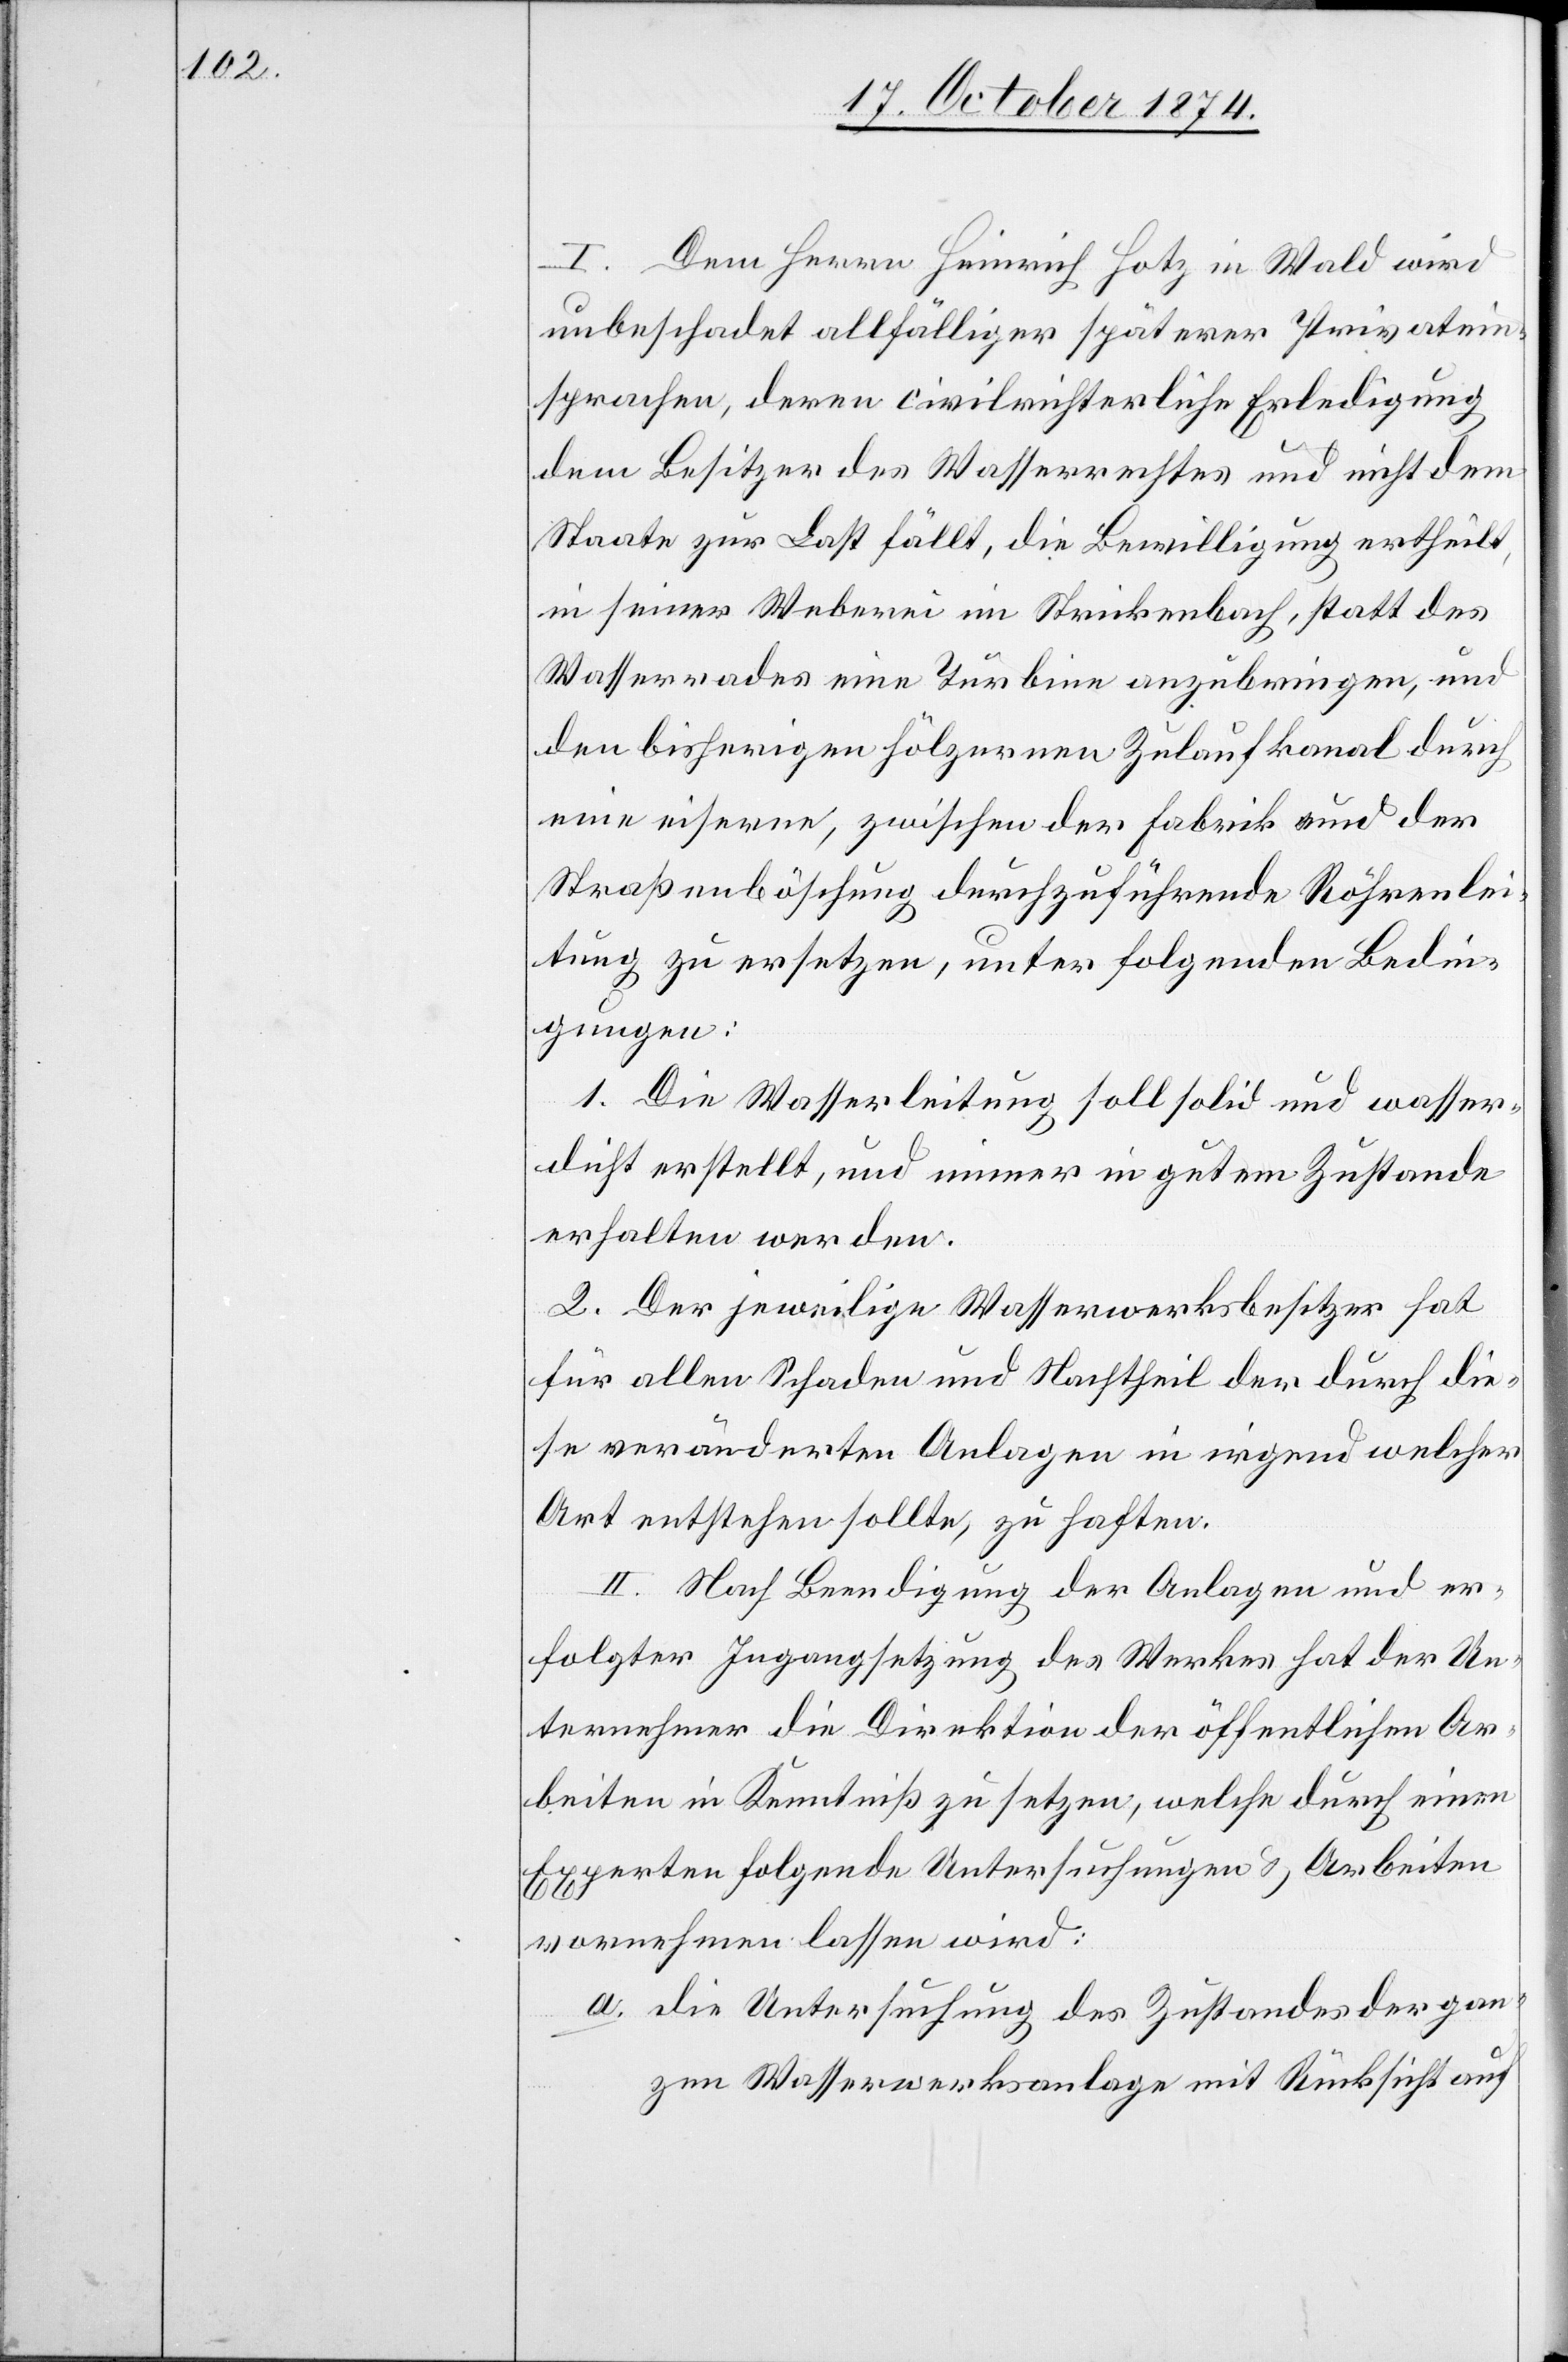
I. Dem Herrn Heinrich Hotz in Wald wird
unbeschadet allfälliger späterer Privatein¬
sprachen, deren civilrichterliche Erledigung
dem Besitzer des Wasserrechtes und nicht dem
Staate zur Last fällt, die Bewilligung ertheilt,
in seiner Weberei im Strickenbach, statt des
Wasserrades eine Türbine anzubringen, und
den bisherigen hölzernen Zulaufkanal durch
eine eiserne, zwischen der Fabrik und der
Straßenböschung durchzuführende Röhrenlei¬
tung zu ersetzen, unter folgenden Bedin¬
gungen:
1. Die Wasserleitung soll solid und wasser¬
dicht erstellt, und immer in gutem Zustande
erholten werden.
2. Der jeweilige Wasserwerksbesitzer hat
für allen Schaden und Nachtheil der durch die¬
se veränderten Anlagen in irgend welcher
Art entstehen sollte, zu haften.
II. Nach Beendigung der Anlagen und er¬
folgter Ingangsetzung des Werkes hat der Un¬
ternehmer die Direktion der öffentlichen Ar¬
beiten in Kenntniß zu setzen, welche durch einen
Experten folgende Untersuchungen & Arbeiten
vornehmen lassen wird:
a. die Untersuchung des Zustandes der gan¬
zen Wasserwerksanlage mit Rücksicht auf